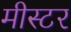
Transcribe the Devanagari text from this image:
मीस्टर